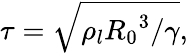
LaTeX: \tau=\sqrt{{\rho_{l}}{{R_{0}}^{3}}/\gamma},